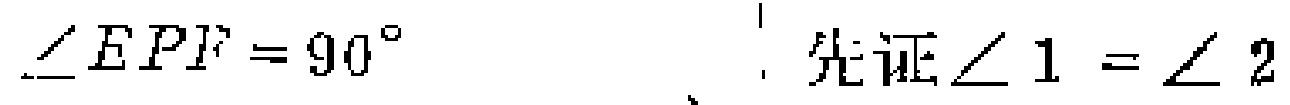
$\angle EPF = 90^{\circ}$，先证$\angle 1 = \angle 2$